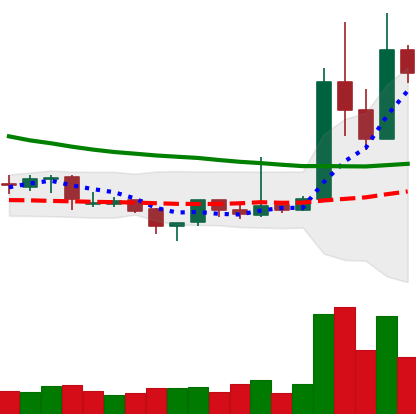
Ticker: XRP-USD
Chart end date: 2019-04-06
Forward return: -6.609%
Label: down_5_7